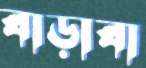
বাড়াবা